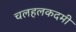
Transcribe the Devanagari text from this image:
चलहलकदमी